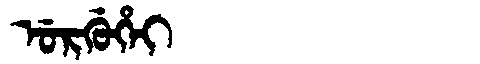
Manchu: ᡠᡵᡤᡠᡥᡝᡳ
Romanization: URGUHEI